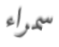
سمراء